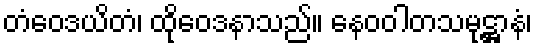
တံဝေဒယိတံ၊ ထိုဝေဒနာသည်။ နေဝဝါတသမုဋ္ဌာနံ၊